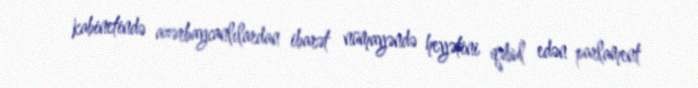
kabinetində azərbaycanlılardan ibarət nümayəndə heyətini qəbul edən parlament